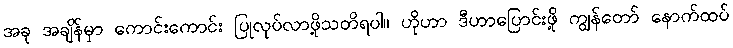
အခု အချိန်မှာ ကောင်းကောင်း ပြုလုပ်လာဖို့သတိရပါ။ ဟိုဟာ ဒီဟာပြောင်းဖို့ ကျွန်တော် နောက်ထပ်